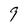
Character: 9